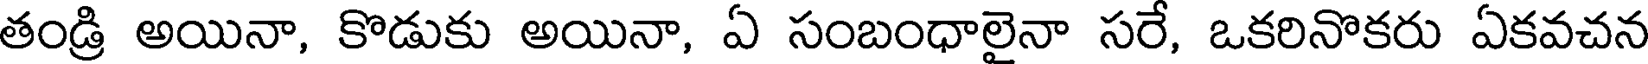
తండ్రి అయినా, కొడుకు అయినా, ఏ సంబంధాలైనా సరే, ఒకరినొకరు ఏకవచన